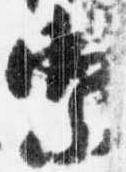
祭